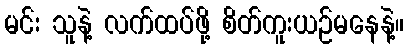
မင်း သူနဲ့ လက်ထပ်ဖို့ စိတ်ကူးယဉ်မနေနဲ့။